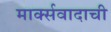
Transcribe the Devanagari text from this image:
मार्क्सवादाची